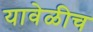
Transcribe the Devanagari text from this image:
यावेळीच